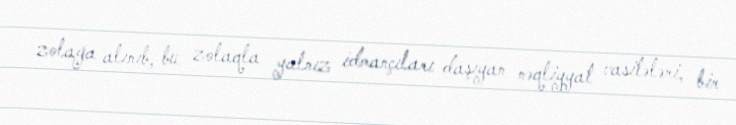
zolağa alınıb, bu zolaqla yalnız idmançıları daşıyan nəqliyyat vasitələri, bir